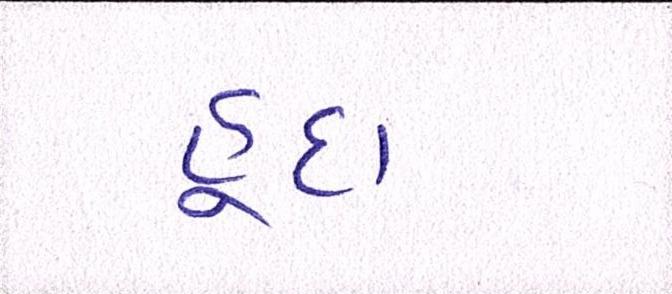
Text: હૃદા